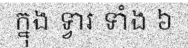
ក្នុង ទ្វារ ទាំង ៦